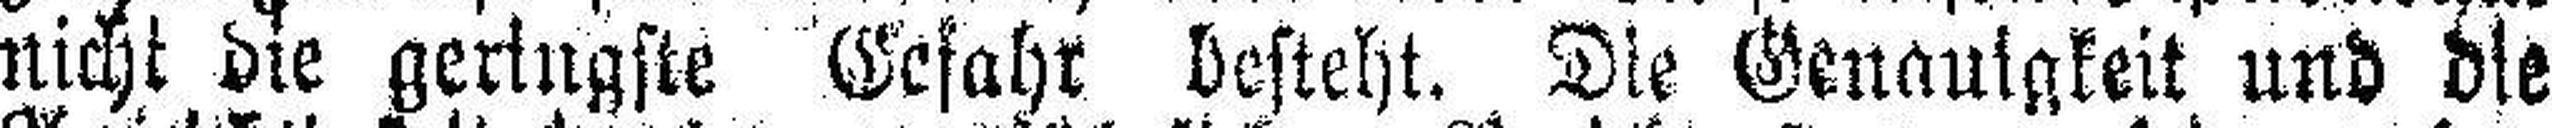
nicht die geringste Gefahr besteht. Die Genauigkeit und die